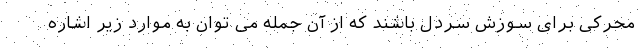
محرکی برای سوزش سردل باشند که از آن جمله می توان به موارد زیر اشاره